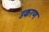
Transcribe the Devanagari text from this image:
उकरण